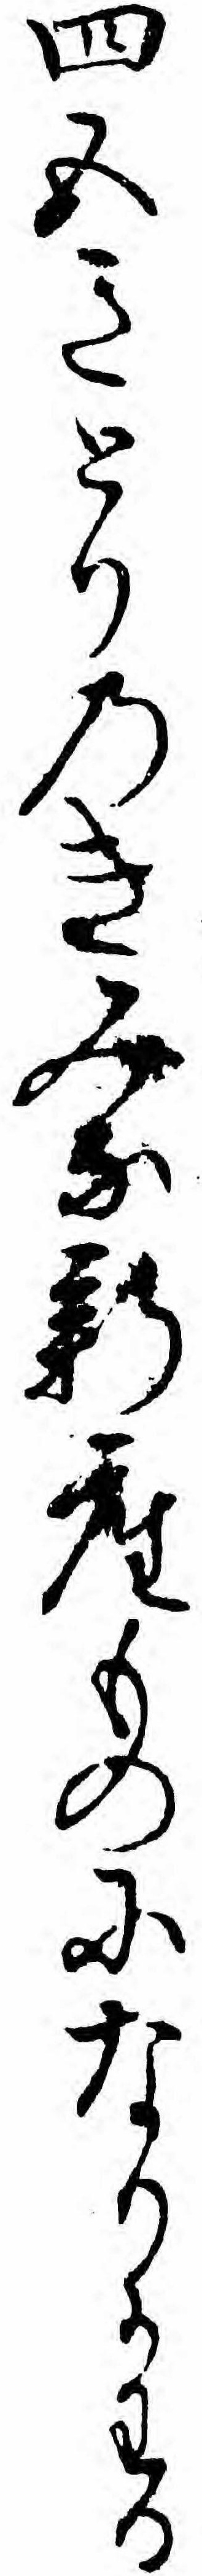
四五きとりのきみな新座ものになりかわる